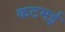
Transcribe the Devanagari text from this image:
कटमई